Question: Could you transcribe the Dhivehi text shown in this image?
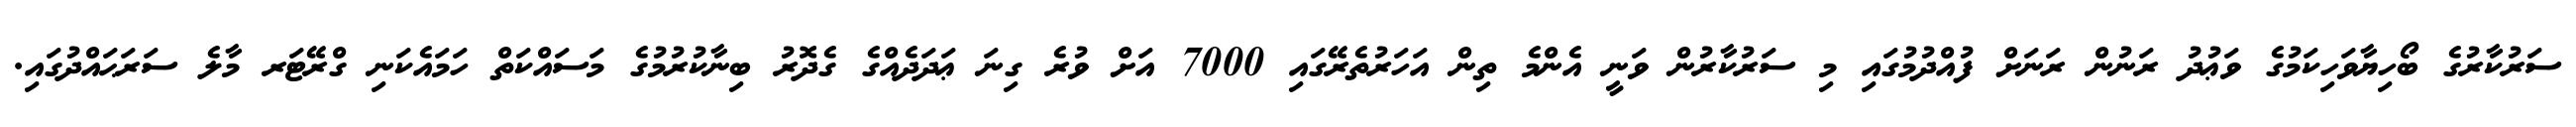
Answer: ސަރުކާރުގެ ބޯހިޔާވަހިކަމުގެ ވަޢުދު ރަނުން ރަނަށް ފުއްދުމުގައި މި ސަރުކާރުން ވަނީ އެންމެ ތިން އަހަރުތެރޭގައި 7000 އަށް ވުރެ ގިނަ ޢަދަދެއްގެ ގެދޮރު ބިނާކުރުމުގެ މަސައްކަތް ހަމައެކަނި ގްރޭޓަރ މާލެ ސަރަޙައްދުގައި.